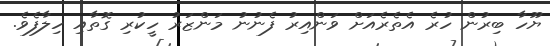
ޔޫހާ ބިރުން ހުރެ އެތެރެއަށް ވަންއިރު ފެނުނު މަންޒަރު ހީކުރި ގޮތާއި ހިލާފެވެ.